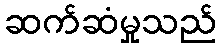
ဆက်ဆံမှုသည်